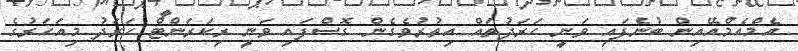
އެމްއެމްއޭއިން ބުނެފައި ވަނީ ހަރަދުތައް އިތުރުވެގެން ގޮސްފައި ވަނީ ރިކަރަންޓް ހަރަދު މިއަހަރުގެ